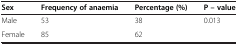
| Sex | Frequency of anaemia | Percentage (%) | P – value |
 | --- | --- | --- | --- |
 | Male | 53 | 38 | <ROWSPAN=2> 0.013 |
 | Female | 85 | 62 |